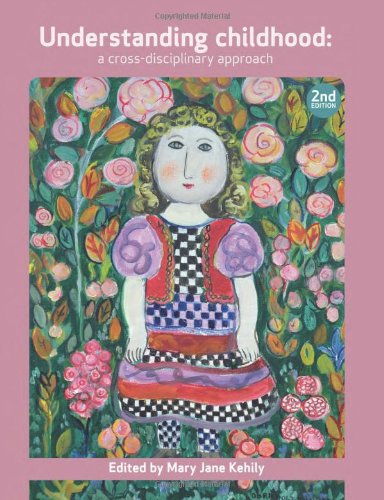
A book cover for Understanding Childhood: A Cross-Disciplinary Approach - Second Edition; Politics & Social Sciences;